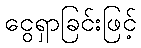
ငွေရှာခြင်းဖြင့်